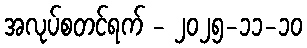
အလုပ်စတင်ရက် - ၂၀၂၅-၁၁-၁၀